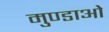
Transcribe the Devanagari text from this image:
मुण्डाओं